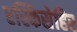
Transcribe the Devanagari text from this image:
एस्किसेहिर